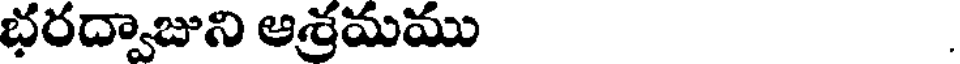
భరద్వాజుని ఆశ్రమము